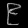
Digit: ၉